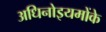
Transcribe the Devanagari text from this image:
अधिनोइयमोंके